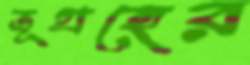
ভূগ্রহের